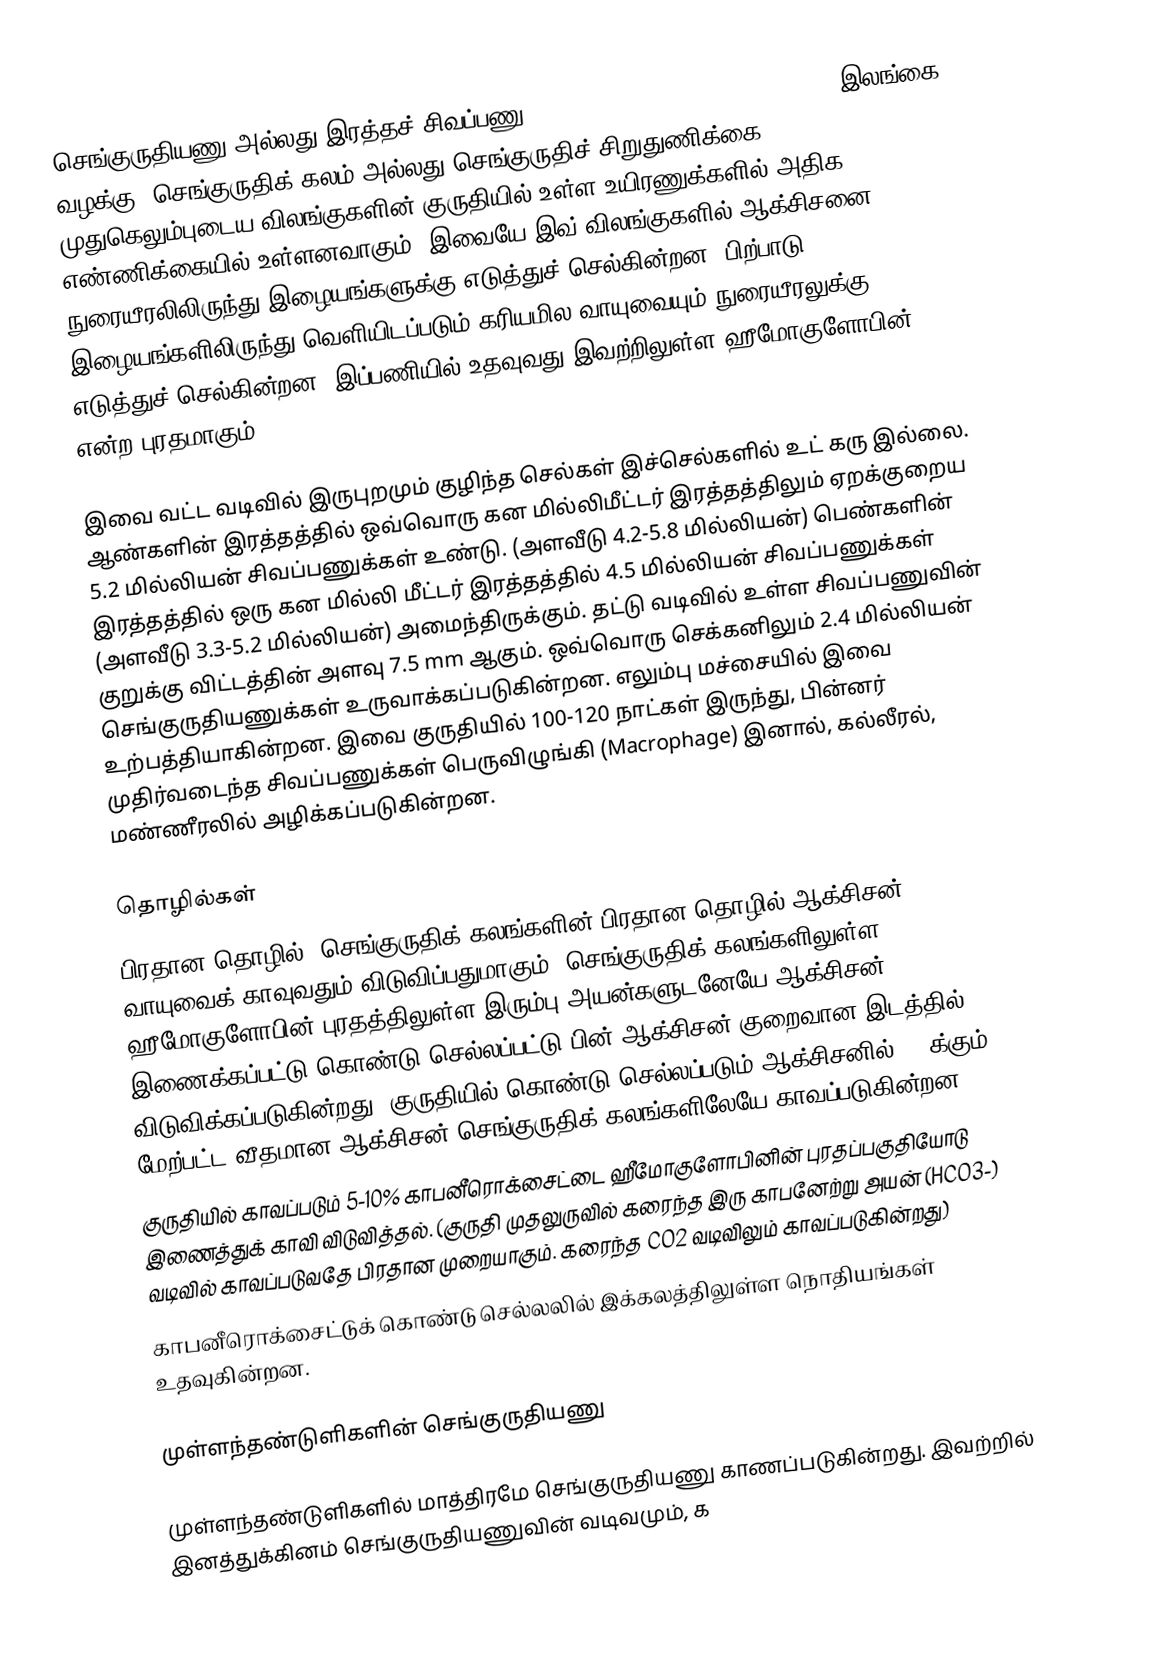
செங்குருதியணு அல்லது இரத்தச் சிவப்பணு (Erythrocytes or Red blood cell) (இலங்கை வழக்கு: செங்குருதிக் கலம் அல்லது செங்குருதிச் சிறுதுணிக்கை) முதுகெலும்புடைய விலங்குகளின் குருதியில் உள்ள உயிரணுக்களில் அதிக எண்ணிக்கையில் உள்ளனவாகும். இவையே இவ் விலங்குகளில் ஆக்சிசனை நுரையீரலிலிருந்து இழையங்களுக்கு எடுத்துச் செல்கின்றன. பிற்பாடு, இழையங்களிலிருந்து வெளியிடப்படும் கரியமில வாயுவையும் நுரையீரலுக்கு எடுத்துச் செல்கின்றன. இப்பணியில் உதவுவது இவற்றிலுள்ள ஹீமோகுளோபின் என்ற புரதமாகும்.

இவை வட்ட வடிவில் இருபுறமும் குழிந்த செல்கள் இச்செல்களில் உட் கரு இல்லை. ஆண்களின் இரத்தத்தில் ஒவ்வொரு கன மில்லிமீட்டர் இரத்தத்திலும் ஏறக்குறைய 5.2 மில்லியன் சிவப்பணுக்கள் உண்டு. (அளவீடு 4.2-5.8 மில்லியன்) பெண்களின் இரத்தத்தில் ஒரு கன மில்லி மீட்டர் இரத்தத்தில் 4.5 மில்லியன் சிவப்பணுக்கள் (அளவீடு 3.3-5.2 மில்லியன்) அமைந்திருக்கும். தட்டு வடிவில் உள்ள சிவப்பணுவின் குறுக்கு விட்டத்தின் அளவு 7.5 mm ஆகும். ஒவ்வொரு செக்கனிலும் 2.4 மில்லியன் செங்குருதியணுக்கள் உருவாக்கப்படுகின்றன. எலும்பு மச்சையில் இவை உற்பத்தியாகின்றன. இவை குருதியில் 100-120 நாட்கள் இருந்து, பின்னர் முதிர்வடைந்த சிவப்பணுக்கள் பெருவிழுங்கி (Macrophage) இனால், கல்லீரல், மண்ணீரலில் அழிக்கப்படுகின்றன.

தொழில்கள்
 பிரதான தொழில்: செங்குருதிக் கலங்களின் பிரதான தொழில் ஆக்சிசன் வாயுவைக் காவுவதும் விடுவிப்பதுமாகும். செங்குருதிக் கலங்களிலுள்ள ஹீமோகுளோபின் புரதத்திலுள்ள இரும்பு அயன்களுடனேயே ஆக்சிசன் இணைக்கப்பட்டு கொண்டு செல்லப்பட்டு பின் ஆக்சிசன் குறைவான இடத்தில் விடுவிக்கப்படுகின்றது. குருதியில் கொண்டு செல்லப்படும் ஆக்சிசனில் 98%க்கும் மேற்பட்ட வீதமான ஆக்சிசன் செங்குருதிக் கலங்களிலேயே காவப்படுகின்றன.
 குருதியில் காவப்படும் 5-10% காபனீரொக்சைட்டை ஹீமோகுளோபினின் புரதப்பகுதியோடு இணைத்துக் காவி விடுவித்தல். (குருதி முதலுருவில் கரைந்த இரு காபனேற்று அயன் (HCO3-) வடிவில் காவப்படுவதே பிரதான முறையாகும். கரைந்த CO2 வடிவிலும் காவப்படுகின்றது)
 காபனீரொக்சைட்டுக் கொண்டு செல்லலில் இக்கலத்திலுள்ள நொதியங்கள் உதவுகின்றன.

முள்ளந்தண்டுளிகளின் செங்குருதியணு

முள்ளந்தண்டுளிகளில் மாத்திரமே செங்குருதியணு காணப்படுகின்றது. இவற்றில் இனத்துக்கினம் செங்குருதியணுவின் வடிவமும், க